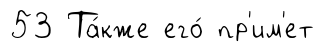
53 Та́кже его́ пр'им'ет